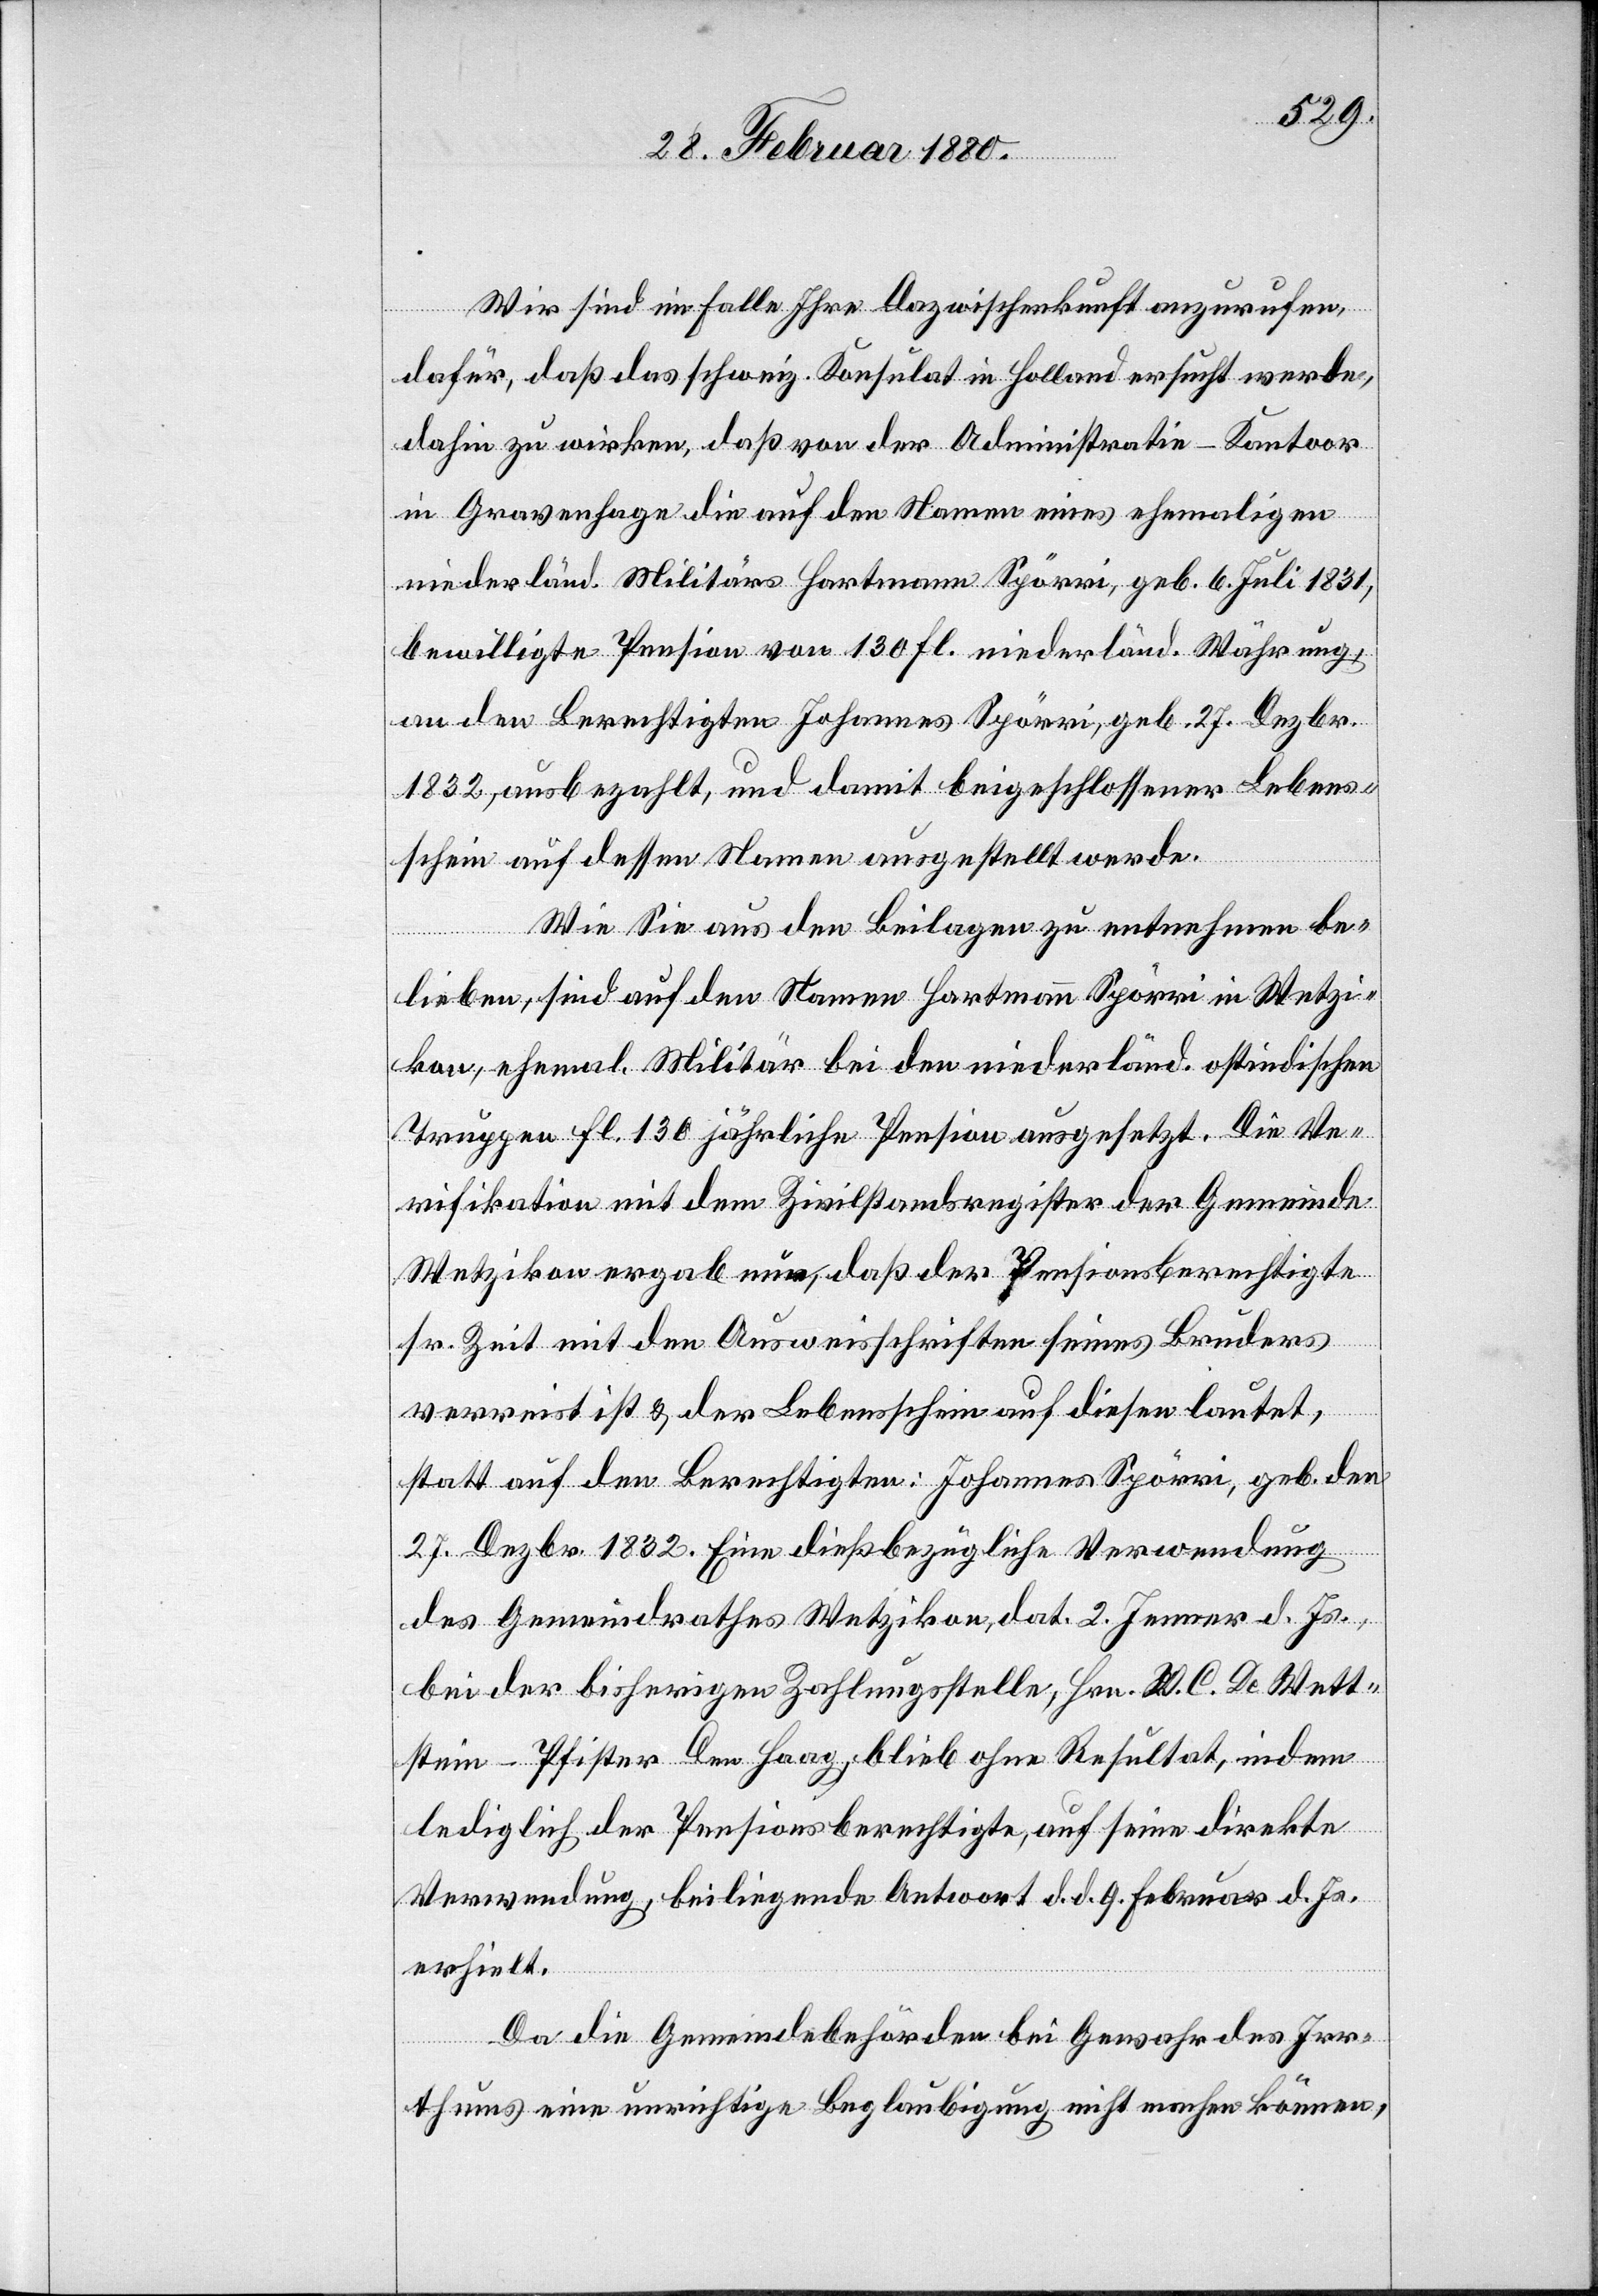
Wir sind im Falle Ihre Dazwischenkunft anzurufen
dafür, daß das schweiz. Konsulat in Holland ersucht werde,
dahin zu wirken, daß von der Administratie - Kontoor
in Gravenhage die auf den Namen eines ehemaligen
niederländ. Militärs Hartmann Spörri, geb. 6. Juli 1831,
bewilligte Pension von 130 fl. niederländ. Währung,
an den berechtigten Johannes Spörri, geb. 27. Dezbr.
1832, ausbezahlt, und damit beigeschlossener Lebens¬
schein auf dessen Namen ausgestellt werde.
Wie Sie aus den Beilagen zu entnehmen be¬
lieben, sind auf den Namen Hartmann Spörri in Wetzi¬
kon, ehemal. Militär bei den niederländ. ostindischen
Truppen fl. 130 jährliche Pension ausgesetzt. Die Ve¬
rifikation mit dem Zivilstandsregister der Gemeinde
Wetzikon ergab nun, daß der Pensionsberechtigte
sr. Zeit mit den Ausweisschriften seines Bruders
verreist ist & der Lebensschein auf diesen lautet,
statt auf den Berechtigten: Johannes Spörri, geb. den
27. Dezbr. 1832. Eine dießbezügliche Verwendung
des Gemeindrathes Wetzikon, dat. 2. Jenner d. Js.,
bei der bisherigen Zahlungsstelle, Hrn. W. C. De Wett¬
stein-Pfister Den Haag, blieb ohne Resultat, indem
lediglich der Pensionsberechtigte, auf seine direkte
Verwendung, beiliegende Antwort d. d. 9. Februar d. Js.
erhielt
Da die Gemeindebehörden bei Gewahr des Irr¬
thums eine unrichtige Beglaubigung nicht machen können,